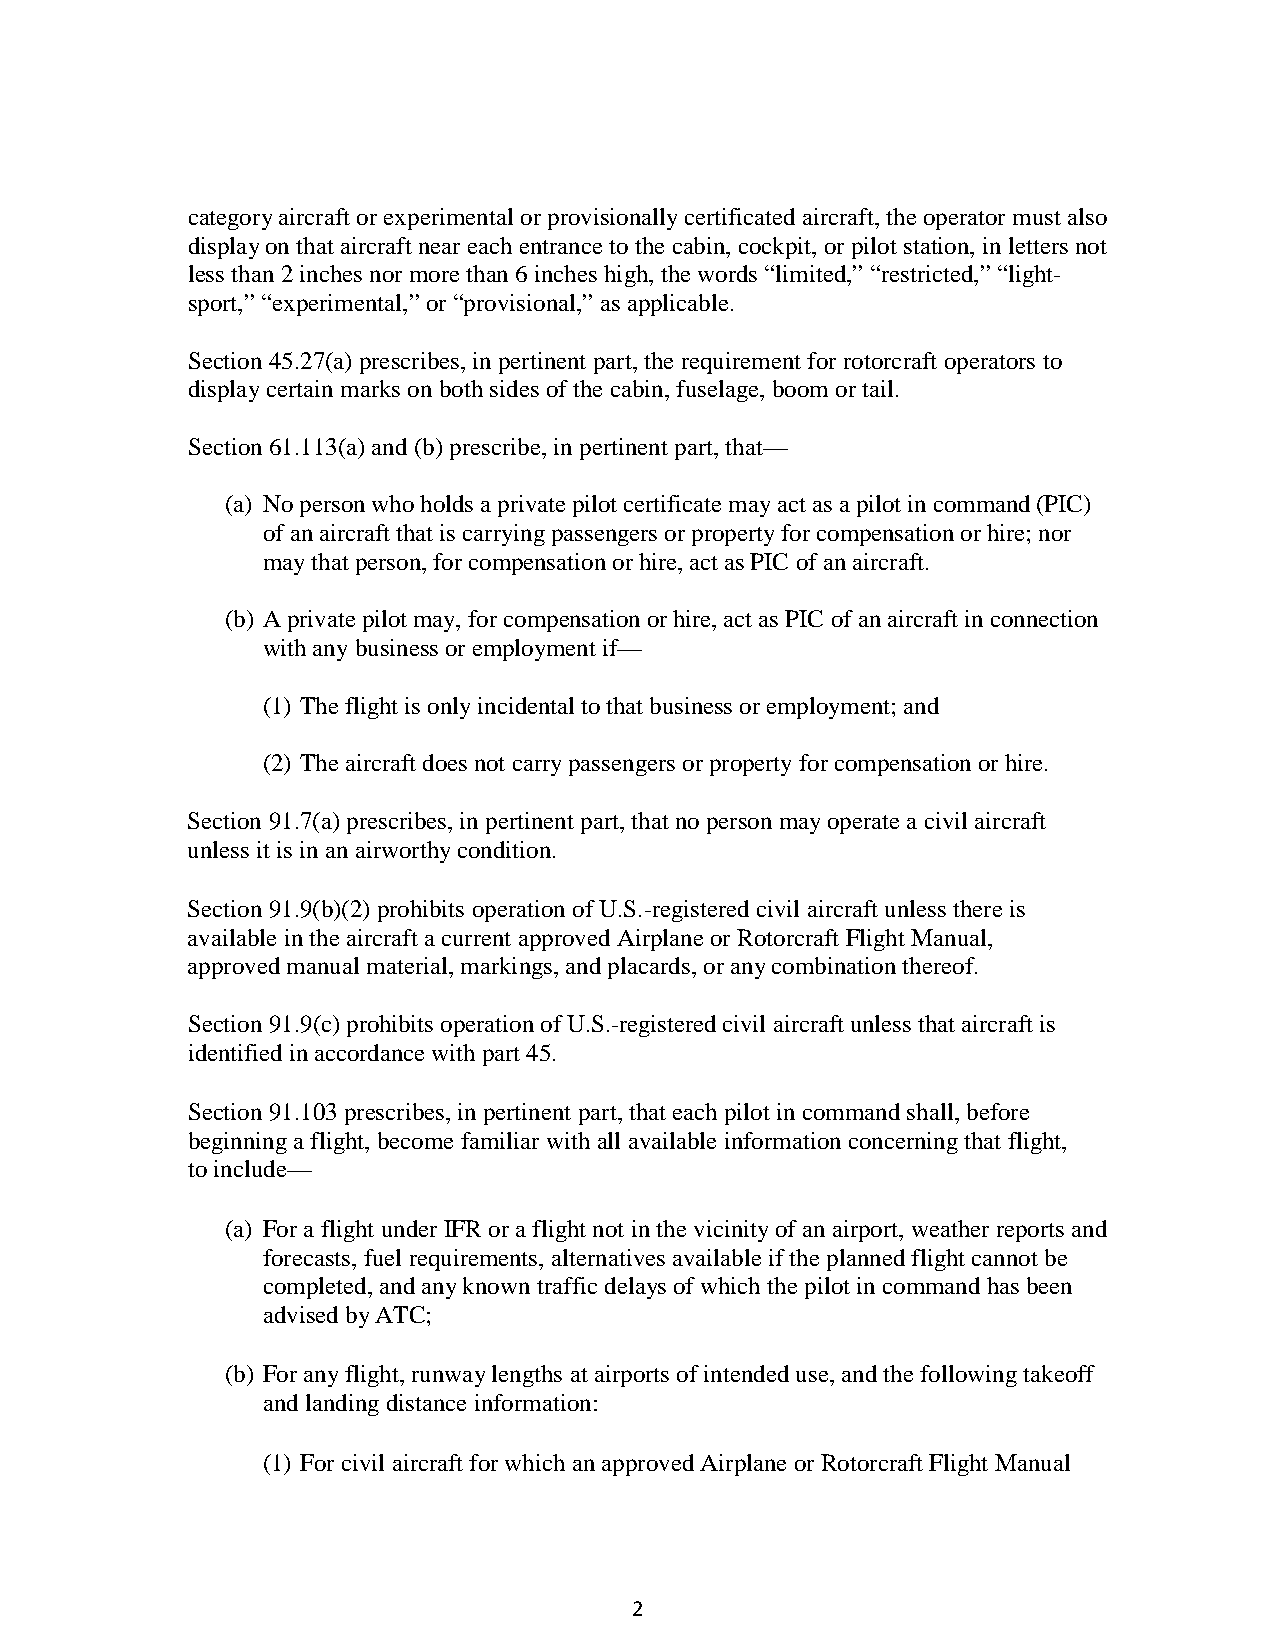
category aircraft or experimental or provisionally certificated aircraft, the operator must also
 display on that aircraft near each entrance to the cabin, cockpit, or pilot station, in letters not
 less than 2 inches nor more than 6 inches high, the words “limited,” “restricted,” “light-
 sport,” “experimental,” or “provisional,” as applicable.
 Section 45.27(a) prescribes, in pertinent part, the requirement for rotorcraft operators to
 display certain marks on both sides of the cabin, fuselage, boom or tail.
 Section 61.113(a) and (b) prescribe, in pertinent part, that—
 (a) No person who holds a private pilot certificate may act as a pilot in command (PIC)
 of an aircraft that is carrying passengers or property for compensation or hire; nor
 may that person, for compensation or hire, act as PIC of an aircraft.
 (b) A private pilot may, for compensation or hire, act as PIC of an aircraft in connection
 with any business or employment if—
 (1) The flight is only incidental to that business or employment; and
 (2) The aircraft does not carry passengers or property for compensation or hire.
 Section 91.7(a) prescribes, in pertinent part, that no person may operate a civil aircraft
 unless it is in an airworthy condition.
 Section 91.9(b)(2) prohibits operation of U.S.-registered civil aircraft unless there is
 available in the aircraft a current approved Airplane or Rotorcraft Flight Manual,
 approved manual material, markings, and placards, or any combination thereof.
 Section 91.9(c) prohibits operation of U.S.-registered civil aircraft unless that aircraft is
 identified in accordance with part 45.
 Section 91.103 prescribes, in pertinent part, that each pilot in command shall, before
 beginning a flight, become familiar with all available information concerning that flight,
 to include—
 (a) For a flight under IFR or a flight not in the vicinity of an airport, weather reports and
 forecasts, fuel requirements, alternatives available if the planned flight cannot be
 completed, and any known traffic delays of which the pilot in command has been
 advised by ATC;
 (b) For any flight, runway lengths at airports of intended use, and the following takeoff
 and landing distance information:
 (1) For civil aircraft for which an approved Airplane or Rotorcraft Flight Manual
 2